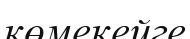
көмекейге